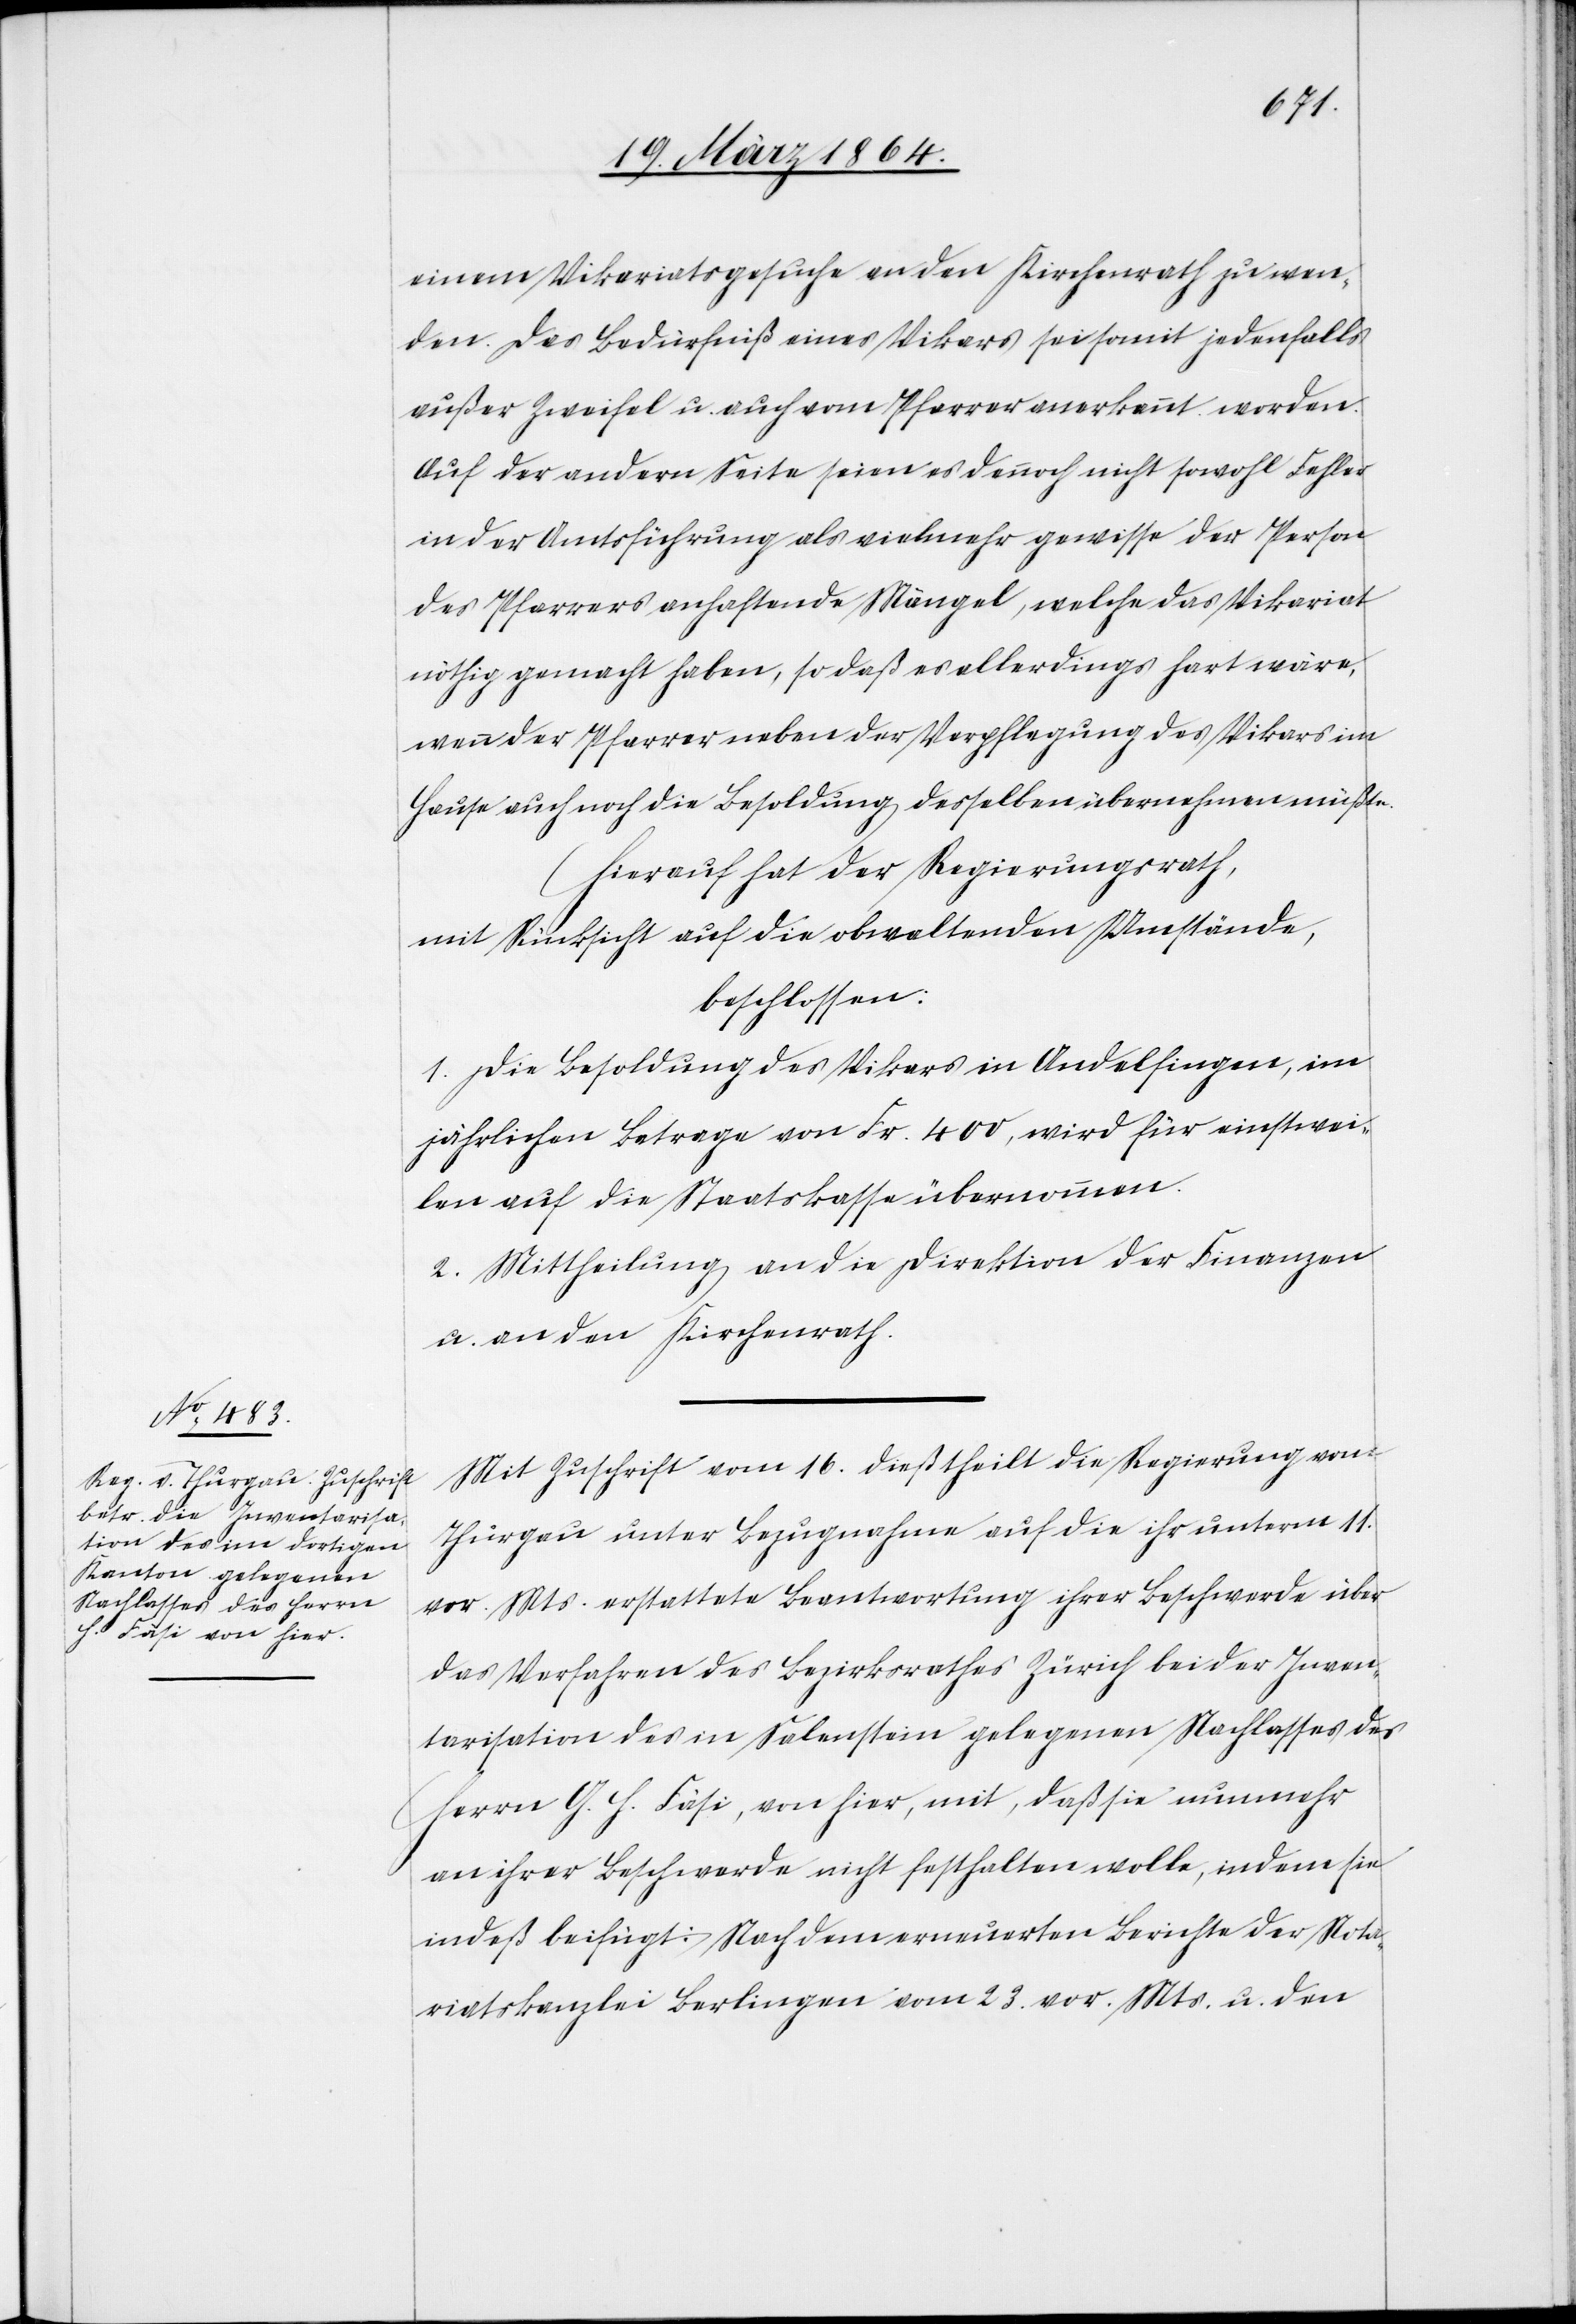
einem Vikariatsgesuche an den Kirchenrath zu wen¬
den. Das Bedürfniß eines Vikars sei somit jedenfalls
außer Zweifel u. auch vom Pfarrer anerkannt worden.
Auf der andern Seite seien es dennoch nicht sowohl Fehler
in der Amtsführung als vielmehr gewisse der Person
des Pfarrers anhaftende Mängel, welche das Vikariat
nöthig gemacht haben, so daß es allerdings hart wäre,
wenn der Pfarrer neben der Verpflegung des Vikars im
Hause auch noch die Besoldung desselben übernehmen müßte.
Hierauf hat der Regierungsrath,
mit Rücksicht auf die obwaltenden Umstände,
beschlossen:
1. Die Besoldung des Vikars in Andelfingen, im
jährlichen Betrage von Fr. 400, wird für einstwei¬
len auf die Staatskasse übernommen.
2. Mittheilung an die Direktion der Finanzen
u. an den Kirchenrath.
Mit Zuschrift vom 16. dieß theilt die Regierung vom
Thurgau unter Bezugnahme auf die ihr unterm 11.
vor. Mts. erstattete Beantwortung ihrer Beschwerde über
das Verfahren des Bezirksrathes Zürich bei der Inven¬
tarisation des in Salenstein gelegenen Nachlasses des
Herrn G. H. Fäsi, von hier, mit, daß sie nunmehr
an ihrer Beschwerde nicht festhalten wolle, indem sie
indeß beifügt: Nach dem erneuerten Berichte der Nota¬
riatskanzlei Berlingen vom 23. vor. Mts. u. den